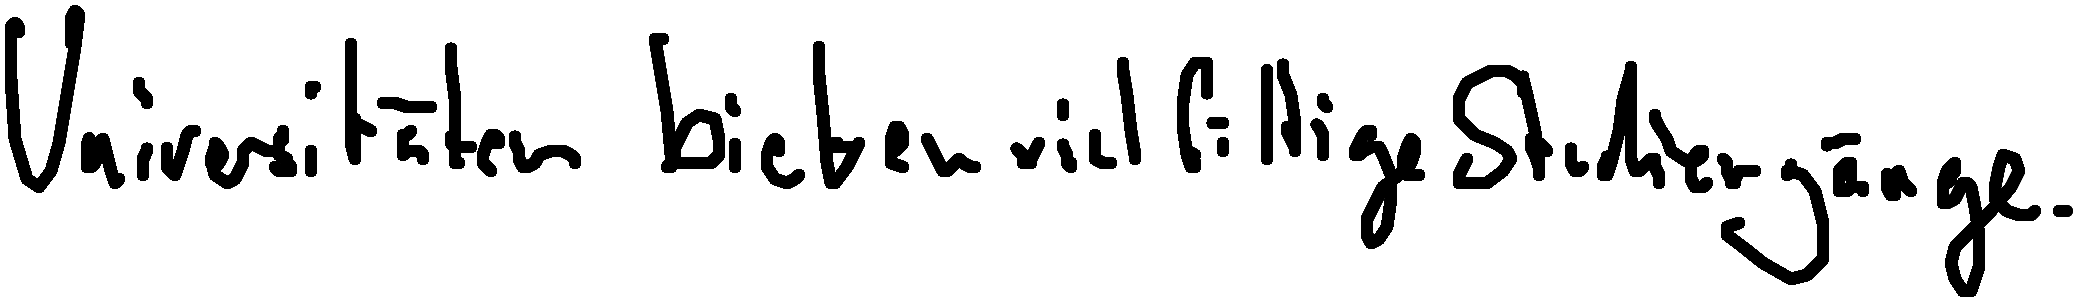
Universitäten bieten vielfältige Studiengänge.